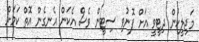
މަޖިލީހުން ދިޓީވީ އަށް ފޮނުވި ސިޓީން ވެސް އެކަން އެނގެން އޮތް ކަމަށް